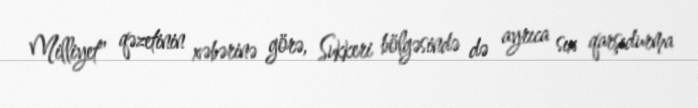
Milliyet" qəzetinin xəbərinə görə, Sukkeri bölgəsində də ayrıca sıx qarşıdurma